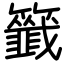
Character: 籤